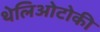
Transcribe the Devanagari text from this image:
थेलिओटोकी